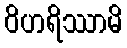
ဝိဟရိဿာမိ